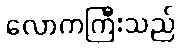
လောကကြီးသည်